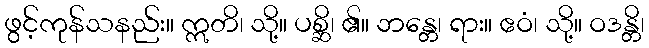
ဖွင့်ကုန်သနည်း။ ဣတိ၊ သို့။ ပစ္ဆိ၊ ၏။ ဘန္တေ၊ ရား။ ဧဝံ၊ သို့။ ဝဒန္တိ၊